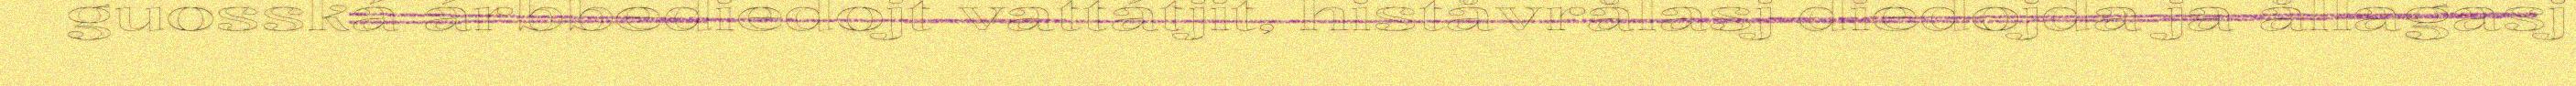
guosská árbbediedojt vattátjit, histåvrålasj diedojda ja ållagasj